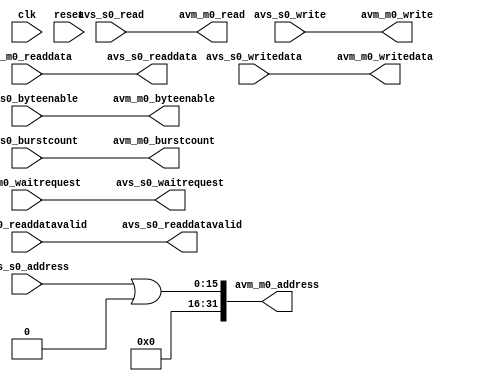
// ************************************************************************
// * 
// * SYNAPTIC LABORATORIES CONFIDENTIAL
// * ----------------------------------
// * 
// *  (c) 2017 Synaptic Laboratories Limited
// *  All Rights Reserved.
// * 
// * NOTICE:  All information contained herein is, and remains
// * the property of Synaptic Laboratories Limited and its suppliers,
// * if any.  The intellectual and technical concepts contained
// * herein are proprietary to Synaptic Laboratories Limited 
// * and its suppliers and may be covered by U.S. and Foreign Patents,
// * patents in process, and are protected by trade secret or copyright law.
// * Dissemination of this information or reproduction of this material
// * is strictly forbidden unless prior written permission is obtained
// * from Synaptic Laboratories Limited
// *
// * Modification of this file is strictly forbidden unless prior written 
// * permission is obtained from Synaptic Laboratories Limited
//
//###########################################################################

`timescale 1 ns / 1 ns

module sll_memory_region_bridge
    #(                                              //
        parameter g_iavs0_data_width       = 32,    // Avalon data width 
        parameter g_iavs0_av_numsymbols    = 4,     // Avalon bye width
        parameter g_iavs0_addr_width       = 16,    // Avalon slave address width (in 32-bit words)
        parameter g_iavs0_burstcount_width = 1,     // Avalon burstcount width
        parameter g_iavs0_address_offset   = 32'h0, // Master address offset value
        parameter g_eavm0_addr_width       = 32,    // Avalon master address width (in 32-bit words)
        parameter g_eavm_address_shift     = 2      // Address shift  
    )(
		input  wire                                      clk,                  // clock.clk
		input  wire                                      reset,                // reset.reset

    //
    //Ingress avalon slave        
    //
		input  wire  [(g_iavs0_addr_width-1 ) : 0 ]      avs_s0_address,       //    s0.address
		input  wire                                      avs_s0_read,          //      .read
		output wire  [(g_iavs0_data_width-1 ) : 0 ]      avs_s0_readdata,      //      .readdata
		input  wire                                      avs_s0_write,         //      .write
		input  wire  [(g_iavs0_data_width-1 ) : 0 ]      avs_s0_writedata,     //      .writedata
		output wire                                      avs_s0_readdatavalid, //      .readdatavalid
		output wire                                      avs_s0_waitrequest,   //      .waitrequest
		input  wire  [(g_iavs0_av_numsymbols-1  ) : 0 ]  avs_s0_byteenable,    //      .byteenable
		input  wire  [(g_iavs0_burstcount_width-1) : 0 ] avs_s0_burstcount,    //      .burstcount
		
    //
    //Egress avalon master
    //
    output wire [( g_eavm0_addr_width - 1 ) : 0 ]    avm_m0_address,       //    m0.address
		output wire                                      avm_m0_read,          //      .read
		input  wire                                      avm_m0_waitrequest,   //      .waitrequest
		input  wire [( g_iavs0_data_width - 1 ) : 0 ]    avm_m0_readdata,      //      .readdata
		output wire                                      avm_m0_write,         //      .write
		output wire [( g_iavs0_data_width - 1 ) : 0 ]    avm_m0_writedata,     //      .writedata
		input  wire                                      avm_m0_readdatavalid, //      .readdatavalid
		output wire [( g_iavs0_av_numsymbols - 1 ) : 0 ] avm_m0_byteenable,    //      .byteenable
		output wire [( g_iavs0_burstcount_width-1) : 0 ] avm_m0_burstcount    //      .burstcount
 );


  //
  // signals pass straight thru form the slave to the master
  //
	assign avs_s0_waitrequest   = avm_m0_waitrequest;
	assign avs_s0_readdata      = avm_m0_readdata;
	assign avs_s0_readdatavalid = avm_m0_readdatavalid;

	assign avm_m0_burstcount    = avs_s0_burstcount;
	assign avm_m0_writedata     = avs_s0_writedata;
	assign avm_m0_write         = avs_s0_write;
	assign avm_m0_read          = avs_s0_read;
	assign avm_m0_byteenable    = avs_s0_byteenable;

  //
  //address offset added to address
  //
	assign avm_m0_address       = avs_s0_address | (g_iavs0_address_offset >> g_eavm_address_shift);

endmodule